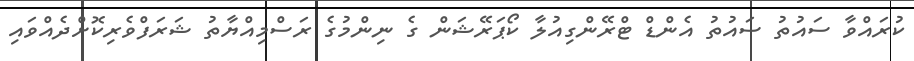
ކުރައްވާ ސައުތު ސައުތު އެންޑް ޓްރޭންގިއުލާ ކޯޕަރޭޝަން ގެ ނިންމުގެ ރަސްމިއްޔާތު ޝަރަފްވެރިކޮށްދެއްވައި